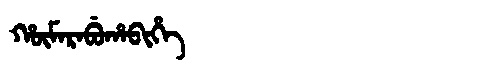
Manchu: ᡥᡡᠮᠠᡵᠠᠪᡠᡥᠠᠪᡳᡥᡝ
Romanization: HŪMARABUHABIHE